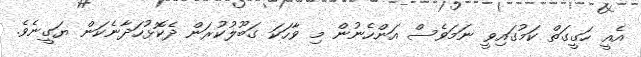
އެއީ ހަގީގަތް ކަމުގައިވީ ނަމަވެސް އަންހެނުން މި ވާހަކަ ގަބޫލުކުރަން ދެކޮޅުހަދާނެކަން ޔަގީނެވެ.